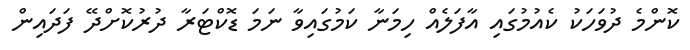
ކޮންމެ ދުވަހަކު ކެއުމުގައި އާފަލެއް ހިމަނާ ކަމުގައިވާ ނަމަ ޑޮކްޓަރާ ދުރުކޮށްދޭ ފަދައިން